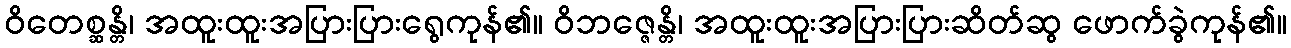
ဝိတေစ္ဆန္တိ၊ အထူးထူးအပြားပြားရွေကုန်၏။ ဝိဘဇ္ဇေန္တိ၊ အထူးထူးအပြားပြားဆိတ်ဆွ ဖောက်ခွဲကုန်၏။